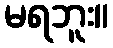
မရဘူး။